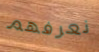
نعرفهم